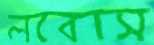
লবোস